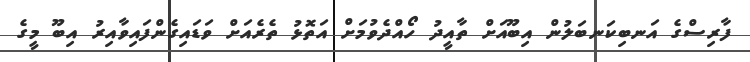
ފާރިސްގެ އަނބިކަނބަލުން އިބޫއަށް ތާއީދު ހޯއްދެވުމަށް އަތޮޅު ތެރެއަށް ވަޑައިގެންފައިވާއިރު އިބޫ މީގެ